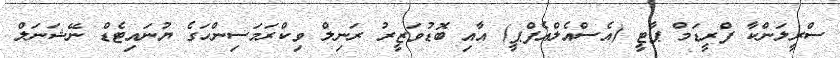
ސްރީލަންކާ ފްރީޑަމް ޕާޓީ (އެސްއެލްއެފްޕީ) އާއި ބޮޑުވަޒީރު ރަނިލް ވިކްރަމަސިންހަގެ ޔުނައިޓެޑް ނޭޝަނަލް